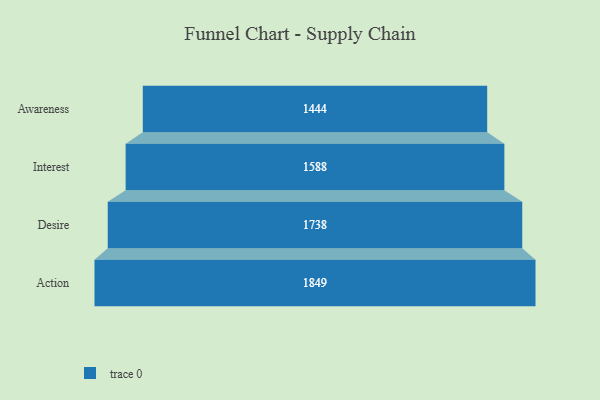
{"axis": {"x": "Stage", "y": "Value"}, "legend": [""], "data": [{"x": "Awareness", "y": 1444.0, "type": ""}, {"x": "Interest", "y": 1588.0, "type": ""}, {"x": "Desire", "y": 1738.0, "type": ""}, {"x": "Action", "y": 1849.0, "type": ""}]}